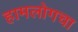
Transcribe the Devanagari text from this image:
हामलोगचा